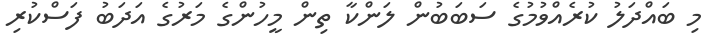
މި ބައްދަލު ކުރެއްވުމުގެ ސަބަބުން ލަންކާ ތިން މީހުންގެ މަރުގެ އަދަބު ފަސްކުރި